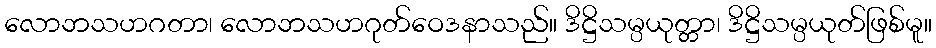
လောဘသဟဂတာ၊ လောဘသဟဂုတ်ဝေဒနာသည်။ ဒိဋ္ဌိသမ္ပယုတ္တာ၊ ဒိဋ္ဌိသမ္ပယုတ်ဖြစ်မူ။